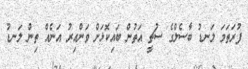
ފުރަތަމަ ލަނޑު ބާސެލްގެ ސުޗީ އަތުން ބައިކޮޅަށް ވަންއިރު އަނެއް ތިން ލަނޑު